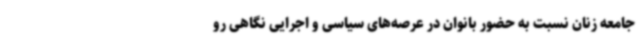
جامعه زنان نسبت به حضور بانوان در عرصه‌های سیاسی و اجرایی نگاهی رو